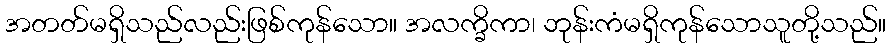
အတတ်မရှိသည်လည်းဖြစ်ကုန်သော။ အလက္ခိကာ၊ ဘုန်းကံမရှိကုန်သောသူတို့သည်။